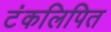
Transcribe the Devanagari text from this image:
टंकलिपित